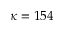
\kappa = 1 5 4